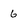
Character: 6